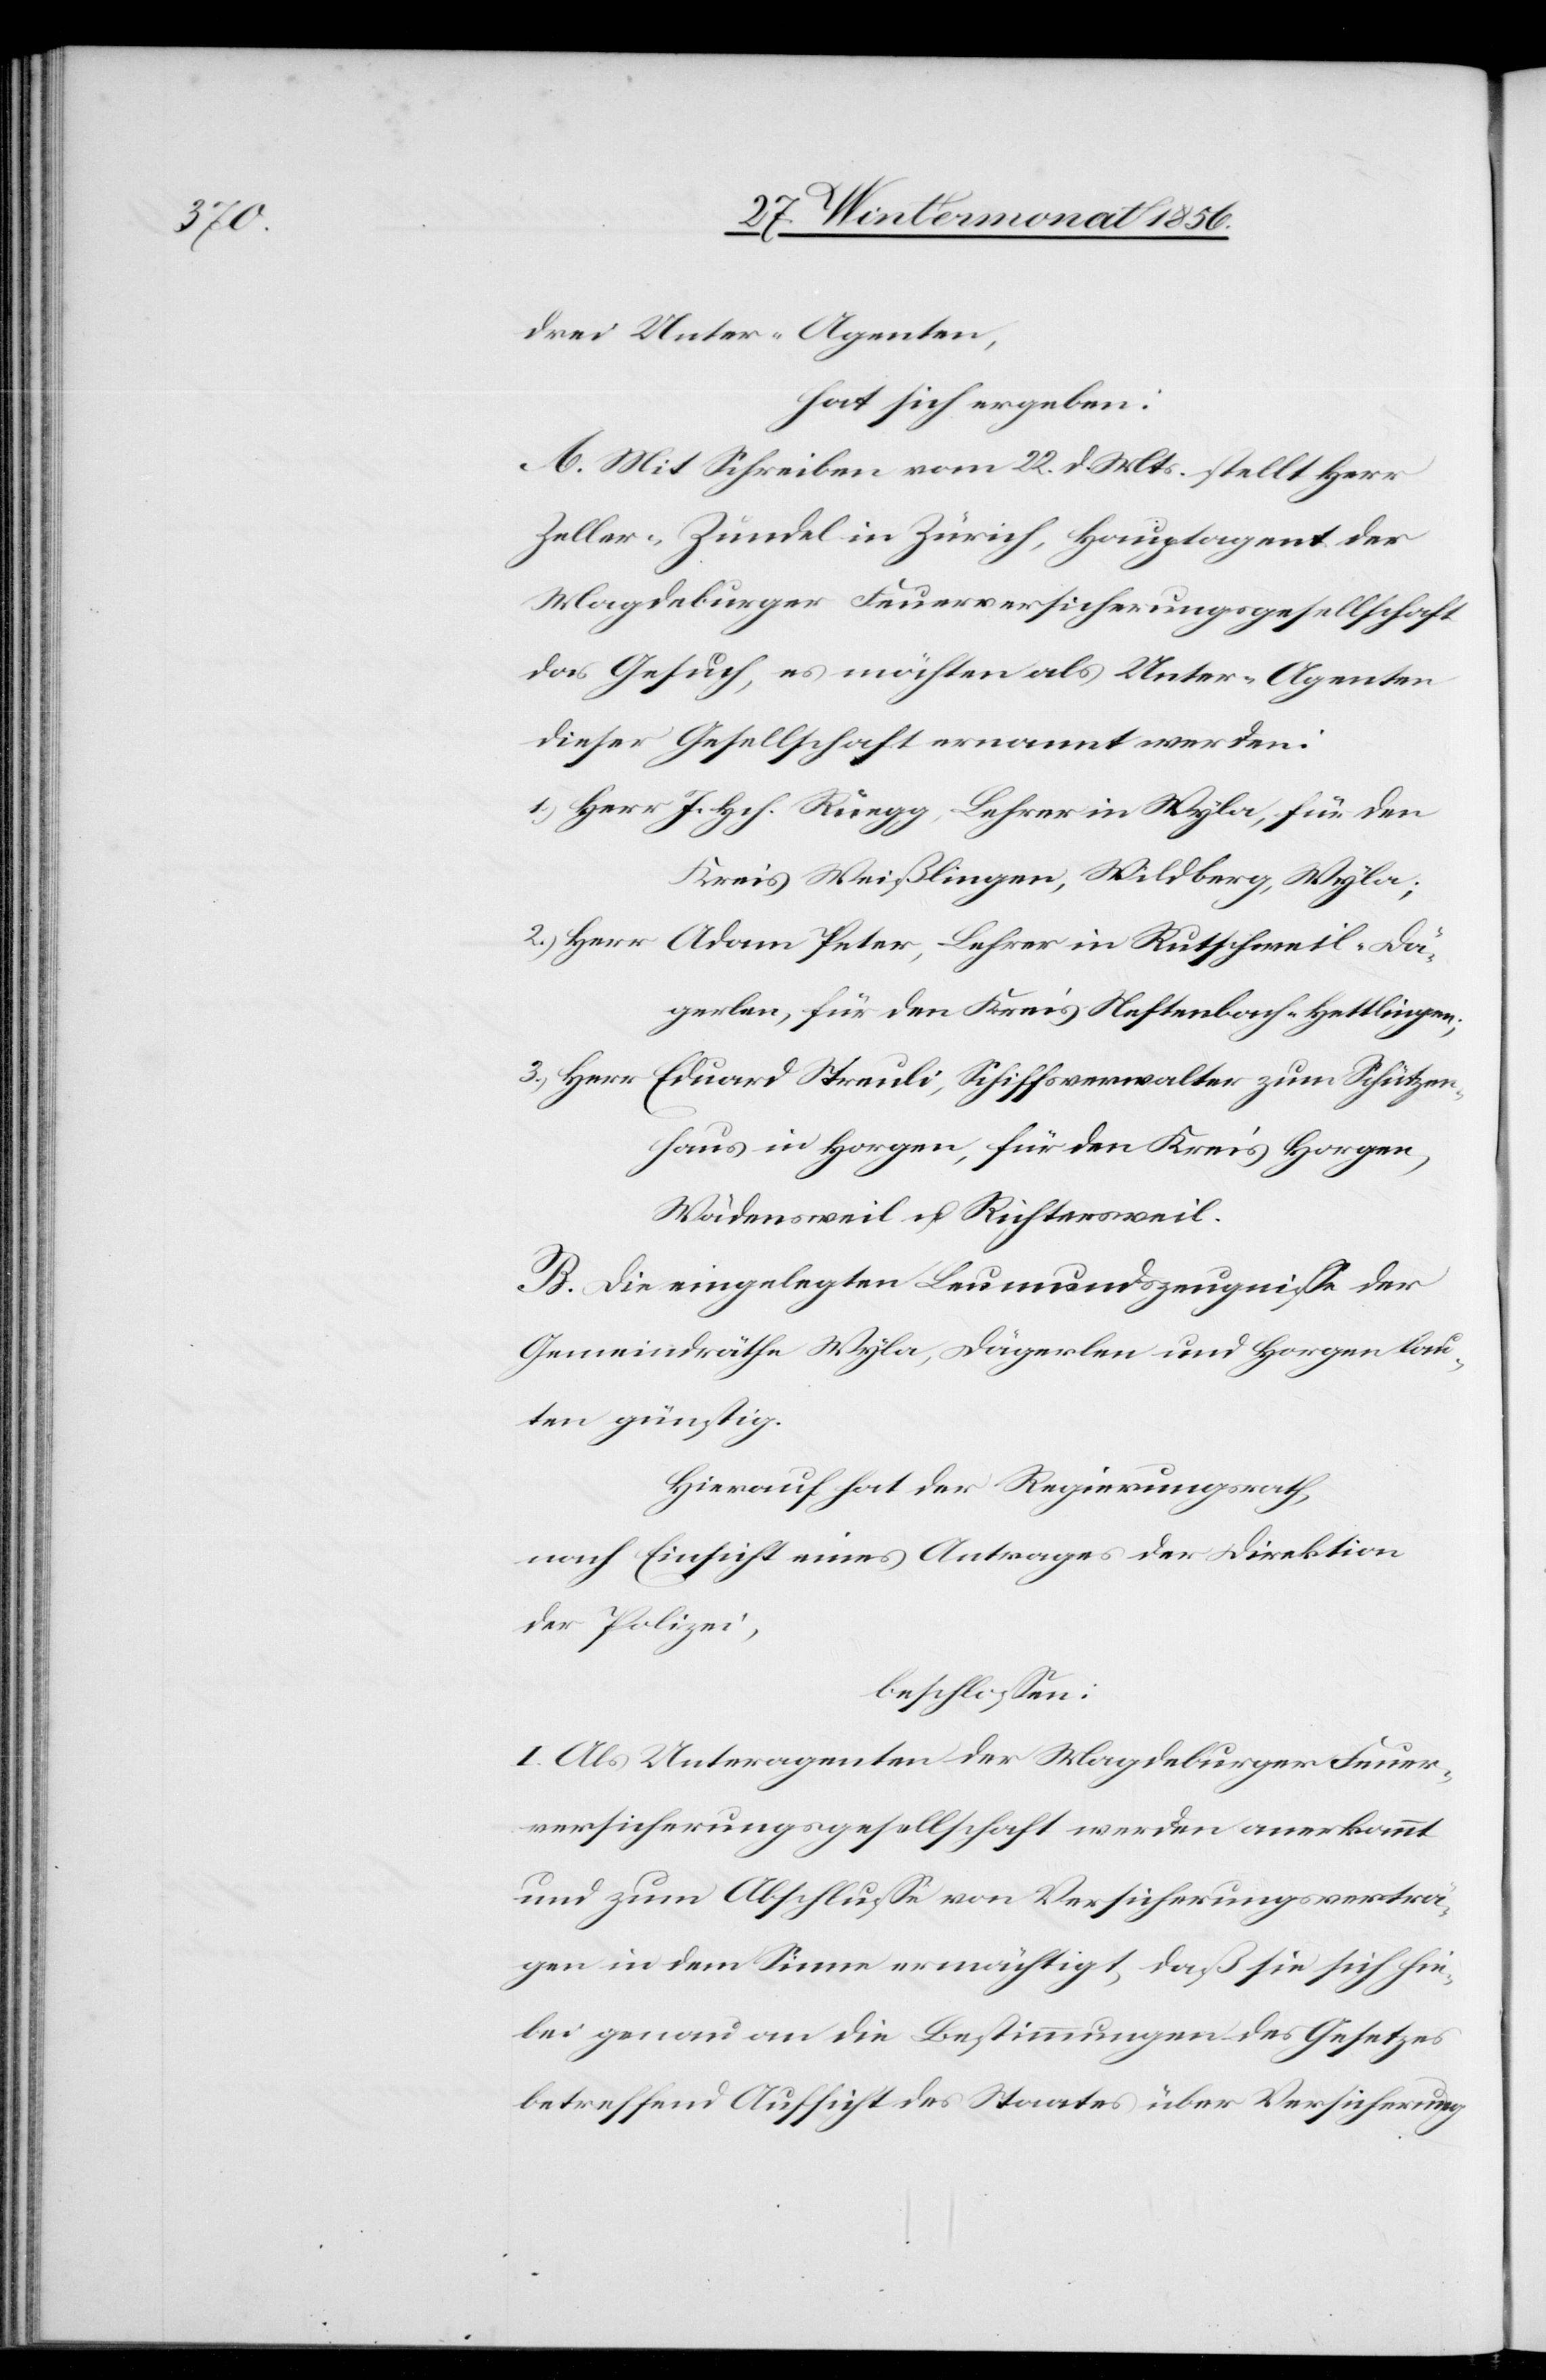
Schützen¬

drei Unter-Agenten,
hat sich ergeben:
A. Mit Schreiben vom 22. d. Mts. stellt Herr
Zeller-Zundel in Zürich, Hauptagent der
Magdeburger Feuerversicherungsgesellschaft
das Gesuch, es möchten als Unter-Agenten
dieser Gesellschaft ernannt werden:
Kreis Weißlingen, Wildberg, Wyla;
gerlen, für den Kreis Neftenbach-Hettlingen;
haus in Horgen, für den Kreis Horgen,
Wädensweil u. Richtersweil.
B. Die eingelegten Leumundszeugnisse der
Gemeindräthe Wyla, Dägerlen und Horgen lau¬
ten günstig.
Hierauf hat der Regierungsrath,
nach Einsicht eines Antrages der Direktion
der Polizei,
beschlossen:
I. Als Unteragenten der Magdeburger Feuer¬
versicherungsgesellschaft werden anerkannt
und zum Abschlusse von Versicherungsverträ¬
gen in dem Sinne ermächtigt, daß sie sich hie¬
bei genau an die Bestimmungen des Gesetzes
betreffend Aufsicht des Staates über Versicherung